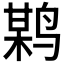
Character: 𪉏